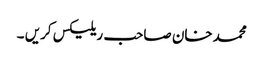
محمدخان صاحب ریلیکس کریں ۔